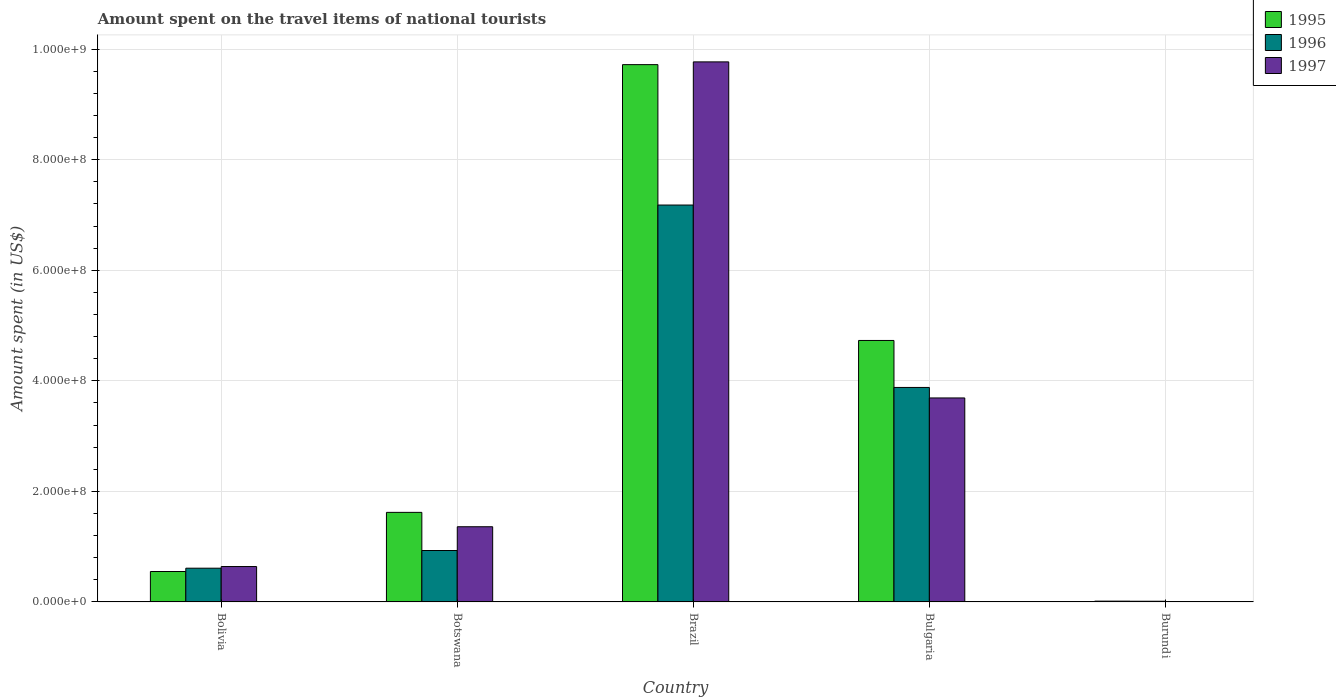
| Country | 1995 | 1996 | 1997 |
 | --- | --- | --- | --- |
 | Bolivia | 5.5e+07 | 6.1e+07 | 6.4e+07 |
 | Botswana | 1.62e+08 | 9.3e+07 | 1.36e+08 |
 | Brazil | 9.72e+08 | 7.18e+08 | 9.77e+08 |
 | Bulgaria | 4.73e+08 | 3.88e+08 | 3.69e+08 |
 | Burundi | 1.4e+06 | 1.2e+06 | 6e+05 |